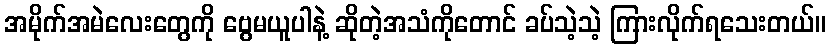
အမိုက်အမဲလေးတွေကို ဗွေမယူပါနဲ့ ဆိုတဲ့အသံကိုတောင် ခပ်သဲ့သဲ့ ကြားလိုက်ရသေးတယ်။